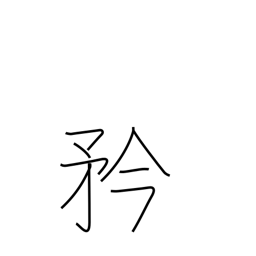
Meaning: pride